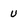
Character: U